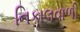
નિકાલવાળી